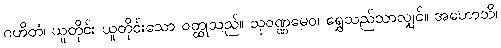
ဂဟိတံ၊ ယူတိုင်း ယူတိုင်းသော ဝတ္ထုသည်။ သုဝဏ္ဏမေဝ၊ ရွှေသည်သာလျှင်။ အဟောသိ၊